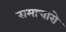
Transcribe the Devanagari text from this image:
समाचारो